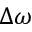
\Delta \omega